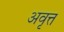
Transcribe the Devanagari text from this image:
अवृत्त